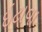
ઇટાવા